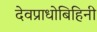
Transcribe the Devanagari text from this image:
देवप्राधोबिहिनी